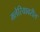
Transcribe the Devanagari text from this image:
मलेरियावरील